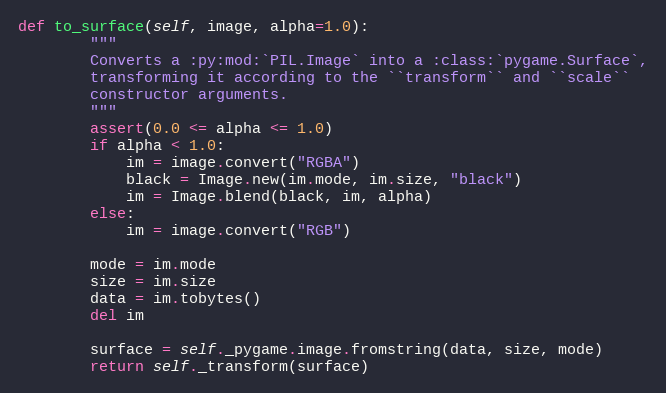
Language: Python
def to_surface(self, image, alpha=1.0):
        """
        Converts a :py:mod:`PIL.Image` into a :class:`pygame.Surface`,
        transforming it according to the ``transform`` and ``scale``
        constructor arguments.
        """
        assert(0.0 <= alpha <= 1.0)
        if alpha < 1.0:
            im = image.convert("RGBA")
            black = Image.new(im.mode, im.size, "black")
            im = Image.blend(black, im, alpha)
        else:
            im = image.convert("RGB")

        mode = im.mode
        size = im.size
        data = im.tobytes()
        del im

        surface = self._pygame.image.fromstring(data, size, mode)
        return self._transform(surface)